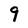
Character: 9